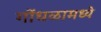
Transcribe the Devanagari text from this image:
गोंधळामध्ये